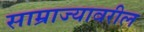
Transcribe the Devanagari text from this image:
साम्राज्यावरील